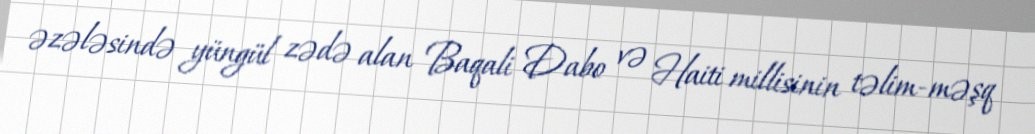
əzələsində yüngül zədə alan Baqali Dabo və Haiti millisinin təlim-məşq